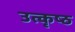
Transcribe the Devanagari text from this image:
उत्‍कृष्‍ठ